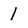
Character: 1